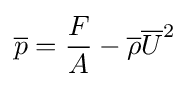
{\overline {p}}={F \over A}-{{\overline {\rho }}{\overline {U}}^{2}}